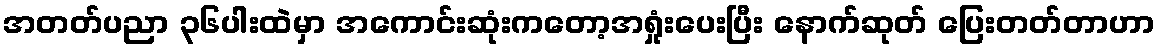
အတတ်ပညာ ၃၆ပါးထဲမှာ အကောင်းဆုံးကတော့အရှုံးပေးပြီး နောက်ဆုတ် ပြေးတတ်တာဟာ